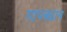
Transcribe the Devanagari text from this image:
गापक्यान